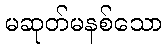
မဆုတ်မနစ်သော